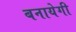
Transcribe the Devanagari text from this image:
बनायेगी